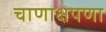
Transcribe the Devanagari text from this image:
चाणाक्षपणा